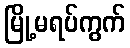
မြို့မရပ်ကွက်